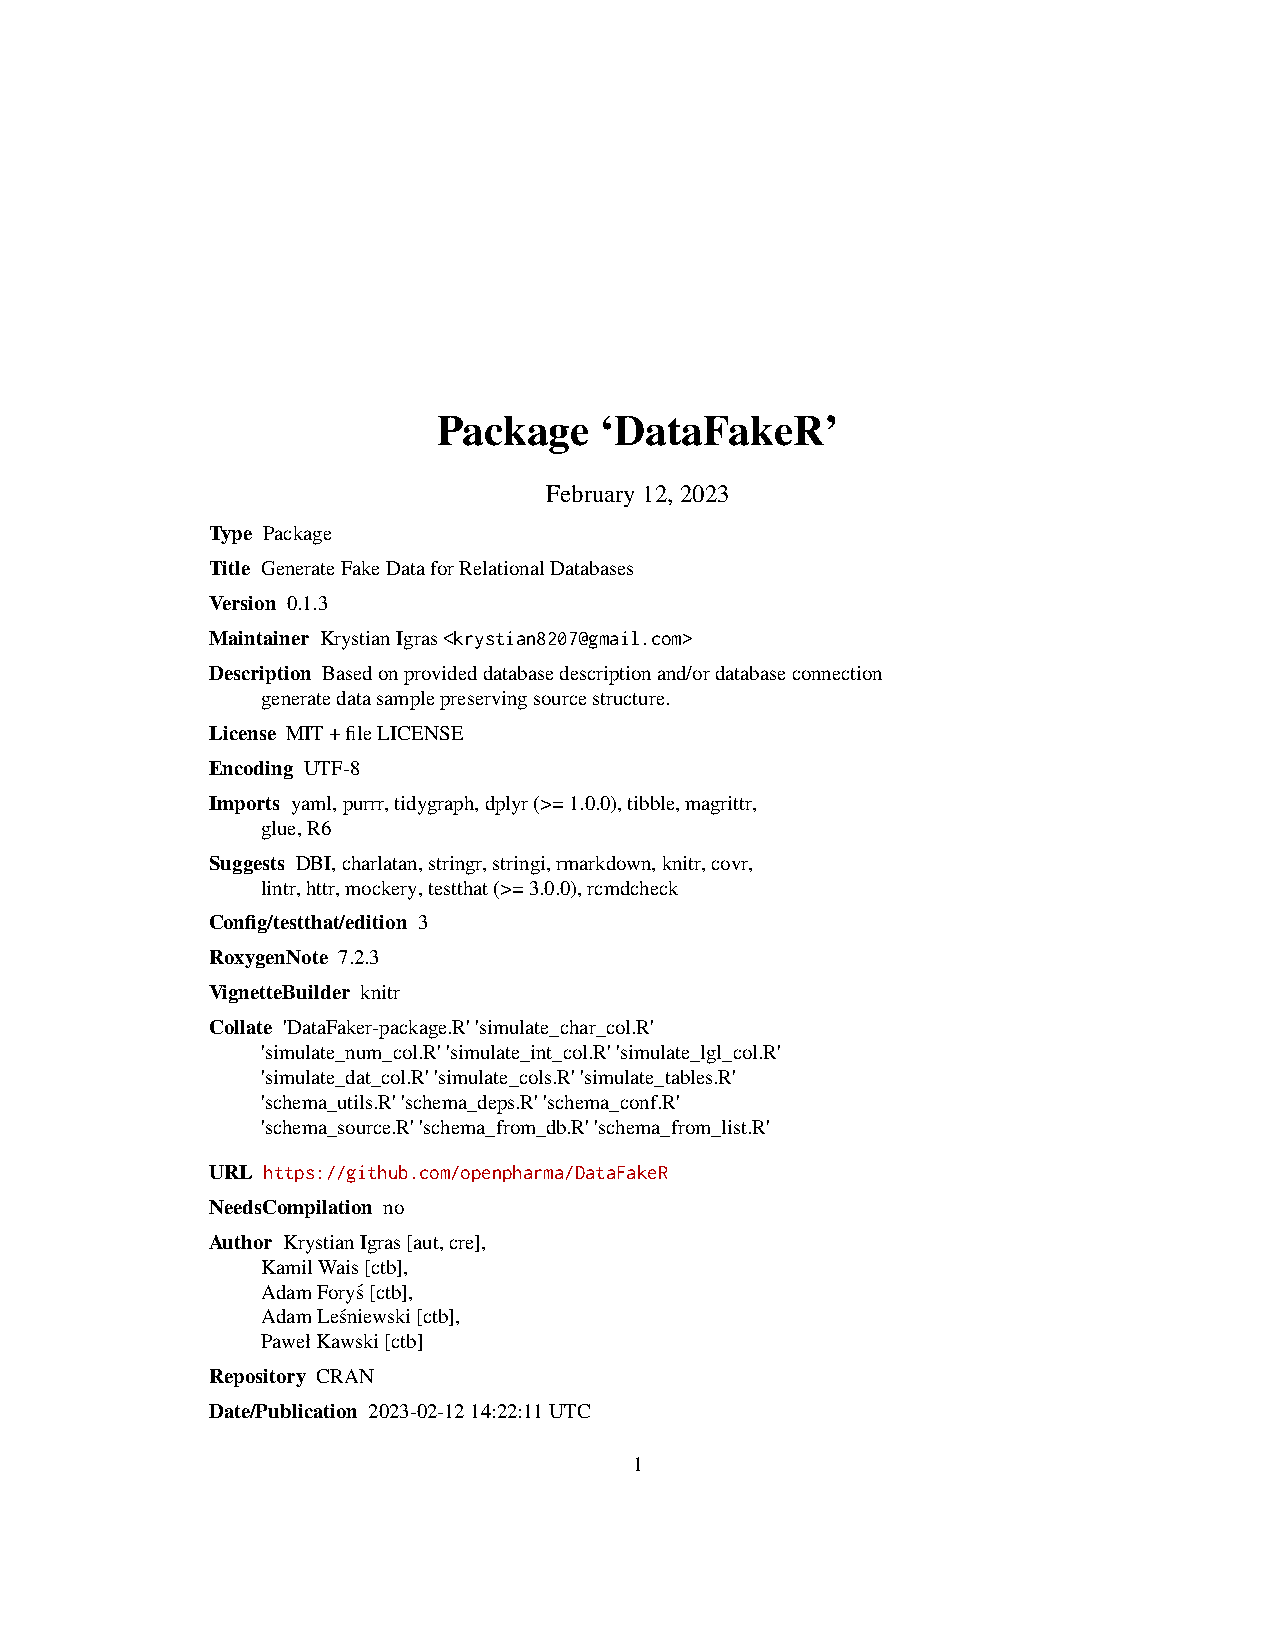
Package    ‘DataFakeR’
 February12,2023
 Type Package
 Title GenerateFakeDataforRelationalDatabases
 Version 0.1.3
 Maintainer KrystianIgras<krystian8207@gmail.com>
 Description Basedonprovideddatabasedescriptionand/ordatabaseconnection
 generatedatasamplepreservingsourcestructure.
 License MIT+fileLICENSE
 Encoding UTF-8
 Imports yaml,purrr,tidygraph,dplyr(>=1.0.0),tibble,magrittr,
 glue,R6
 Suggests DBI,charlatan,stringr,stringi,rmarkdown,knitr,covr,
 lintr,httr,mockery,testthat(>=3.0.0),rcmdcheck
 Config/testthat/edition 3
 RoxygenNote 7.2.3
 VignetteBuilder knitr
 Collate 'DataFaker-package.R''simulate_char_col.R'
 'simulate_num_col.R''simulate_int_col.R''simulate_lgl_col.R'
 'simulate_dat_col.R''simulate_cols.R''simulate_tables.R'
 'schema_utils.R''schema_deps.R''schema_conf.R'
 'schema_source.R''schema_from_db.R''schema_from_list.R'
 URL https://github.com/openpharma/DataFakeR
 NeedsCompilation no
 Author KrystianIgras[aut,cre],
 KamilWais[ctb],
 AdamForys´[ctb],
 AdamLes´niewski[ctb],
 PawełKawski[ctb]
 Repository CRAN
 Date/Publication 2023-02-1214:22:11UTC
 1